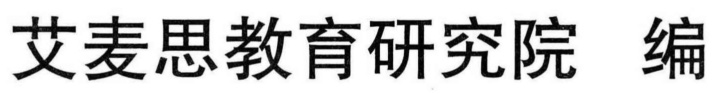
艾麦思教育研究院 编